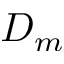
D _ { m }